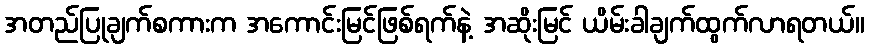
အတည်ပြုချက်စကားက အကောင်းမြင်ဖြစ်ရက်နဲ့ အဆိုးမြင် ယိမ်းခါချက်ထွက်လာရတယ်။